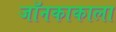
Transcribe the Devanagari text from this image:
जॉनकाकाला